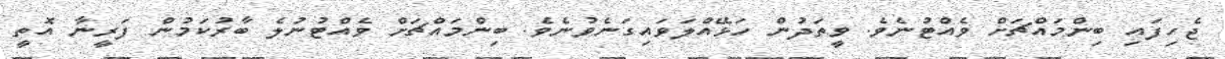
ޖެހިފައި ބިންމައްޗަށް ވެއްޓުނެވެ. ވީތަދުން ހަޅޭއްލަވައިގަނެވުނެވެ. ބިންމައްޗަށް ވެއްޓުނުލެ ބާރުކަމުން ފަރީނާ އޮތީ